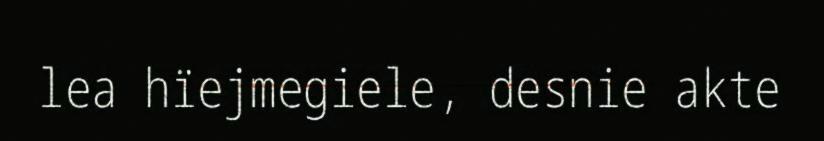
lea hïejmegiele, desnie akte